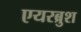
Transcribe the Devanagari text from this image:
एयरब्रुश